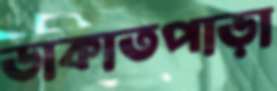
ডাকাতপাড়া